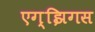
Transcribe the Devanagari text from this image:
एग्झिगस